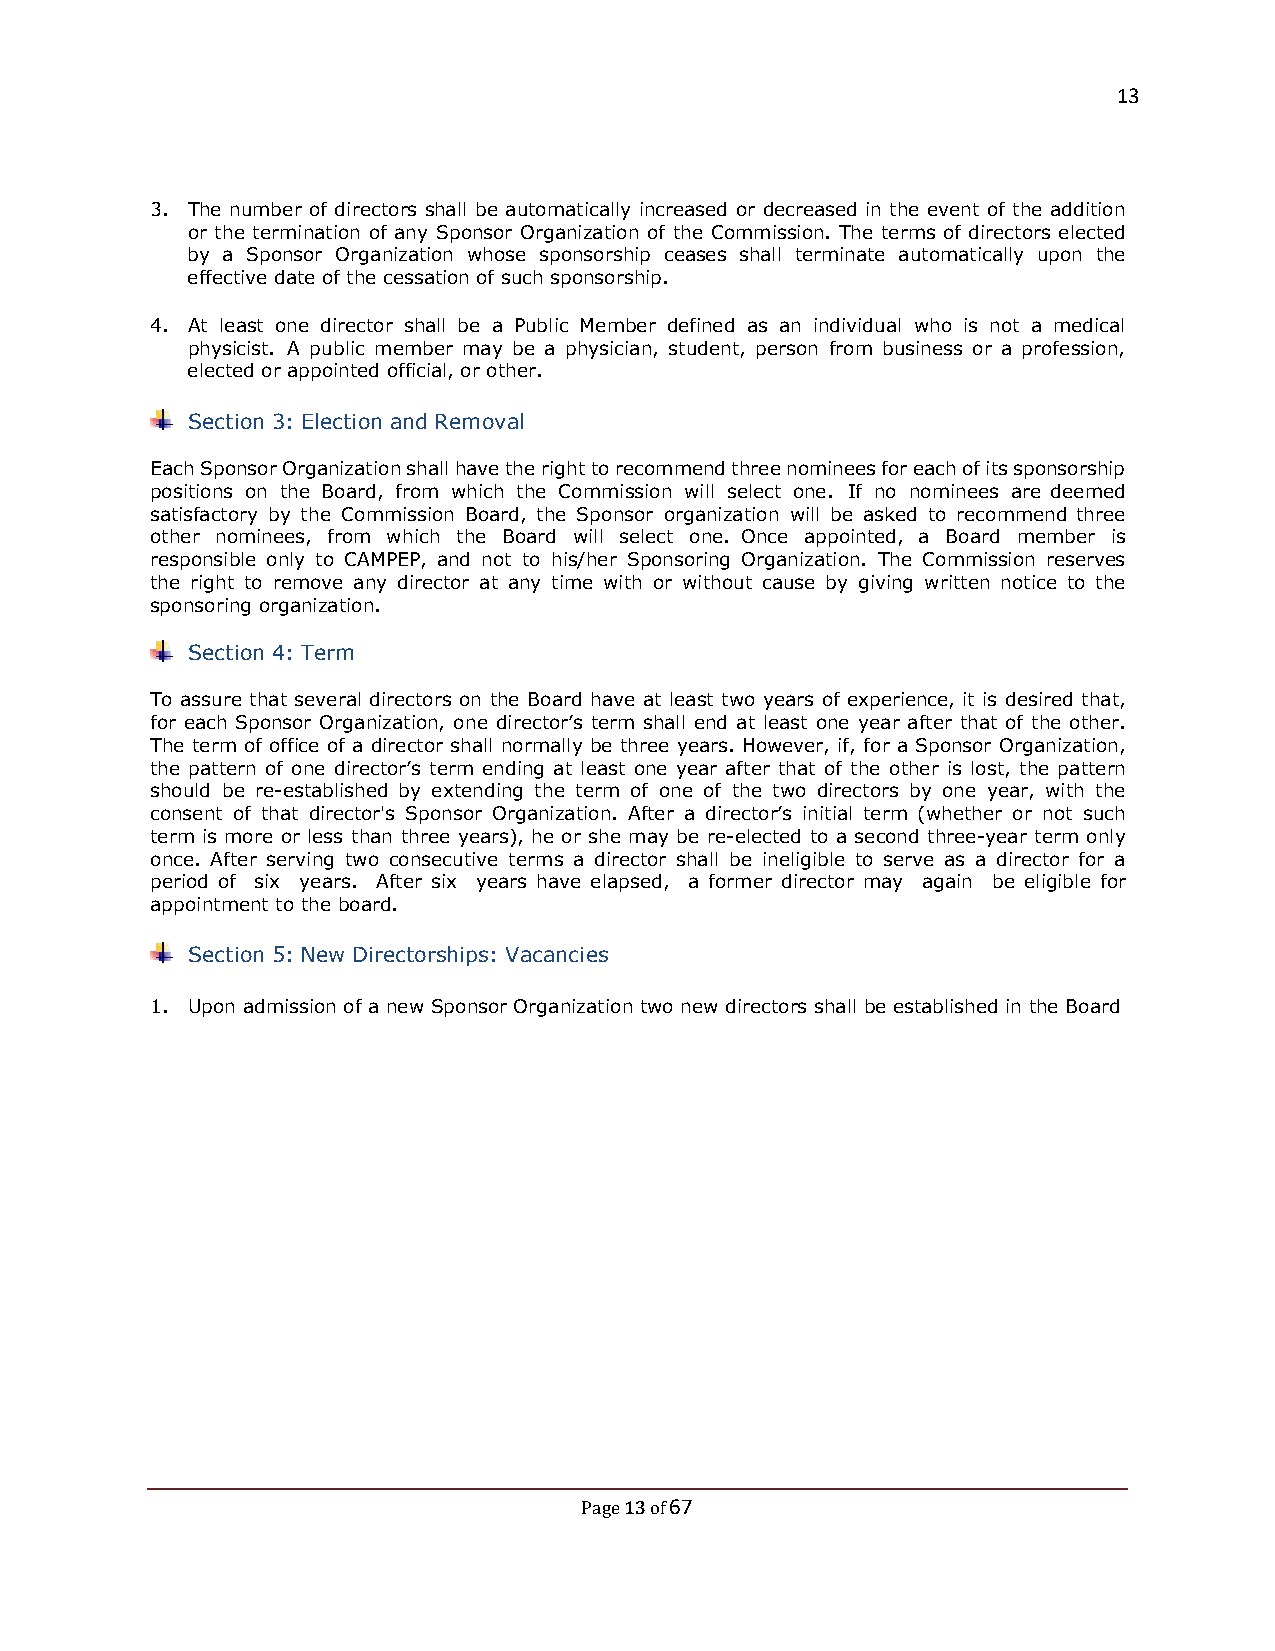
13
 3. The number of directors shall be automatically increased or decreased in the event of the addition
 or the termination of any Sponsor Organization of the Commission. The terms of directors elected
 by a Sponsor Organization whose sponsorship ceases shall terminate automatically upon the
 effective date of the cessation of such sponsorship.
 4. At least one director shall be a Public Member defined as an individual who is not a medical
 physicist. A public member may be a physician, student, person from business or a profession,
 elected or appointed official, or other.
 Section 3: Election and Removal
 Each Sponsor Organization shall have the right to recommend three nominees for each of its sponsorship
 positions on the Board, from which the Commission will select one. If no nominees are deemed
 satisfactory by the Commission Board, the Sponsor organization will be asked to recommend three
 other nominees, from which the Board will select one. Once appointed, a Board member is
 responsible only to CAMPEP, and not to his/her Sponsoring Organization. The Commission reserves
 the right to remove any director at any time with or without cause by giving written notice to the
 sponsoring organization.
 Section 4: Term
 To assure that several directors on the Board have at least two years of experience, it is desired that,
 for each Sponsor Organization, one director’s term shall end at least one year after that of the other.
 The term of office of a director shall normally be three years. However, if, for a Sponsor Organization,
 the pattern of one director’s term ending at least one year after that of the other is lost, the pattern
 should be re-established by extending the term of one of the two directors by one year, with the
 consent of that director's Sponsor Organization. After a director’s initial term (whether or not such
 term is more or less than three years), he or she may be re-elected to a second three-year term only
 once. After serving two consecutive terms a director shall be ineligible to serve as a director for a
 period of six years. After six years have elapsed, a former director may again be eligible for
 appointment to the board.
 Section 5: New Directorships: Vacancies
 1. Upon admission of a new Sponsor Organization two new directors shall be established in the Board
 13 67
 Page of